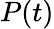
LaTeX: P\! \left(t\right)